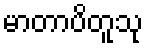
မာတာပိတူသု